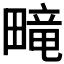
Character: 𬏑